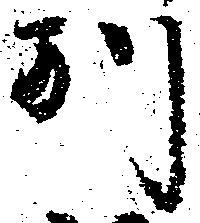
別